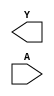
// Name: logic.v
// Module: 
// Input: 
// Output: 
//
// Notes: Common definitions
// 
//
// Revision History:
//
// Version	Date		Who		email			note
//------------------------------------------------------------------------------------------
//  1.0     Sep 02, 2014	Kaushik Patra	kpatra@sjsu.edu		Initial creation
//------------------------------------------------------------------------------------------
//
// 64-bit two's complement
module TWOSCOMP64(Y,A);
//output list
output [63:0] Y;
//input list
input [63:0] A;

// TBD

endmodule

// 32-bit two's complement
module TWOSCOMP32(Y,A);
//output list
output [31:0] Y;
//input list
input [31:0] A;

// TBD

endmodule

// 32-bit registere +ve edge, Reset on RESET=0
module REG32(Q, D, LOAD, CLK, RESET);
output [31:0] Q;

input CLK, LOAD;
input [31:0] D;
input RESET;

// TBD

endmodule

// 1 bit register +ve edge, 
// Preset on nP=0, nR=1, reset on nP=1, nR=0;
// Undefined nP=0, nR=0
// normal operation nP=1, nR=1
module REG1(Q, Qbar, D, L, C, nP, nR);
input D, C, L;
input nP, nR;
output Q,Qbar;

// TBD

endmodule

// 1 bit flipflop +ve edge, 
// Preset on nP=0, nR=1, reset on nP=1, nR=0;
// Undefined nP=0, nR=0
// normal operation nP=1, nR=1
module D_FF(Q, Qbar, D, C, nP, nR);
input D, C;
input nP, nR;
output Q,Qbar;

// TBD

endmodule

// 1 bit D latch
// Preset on nP=0, nR=1, reset on nP=1, nR=0;
// Undefined nP=0, nR=0
// normal operation nP=1, nR=1
module D_LATCH(Q, Qbar, D, C, nP, nR);
input D, C;
input nP, nR;
output Q,Qbar;

// TBD

endmodule

// 1 bit SR latch
// Preset on nP=0, nR=1, reset on nP=1, nR=0;
// Undefined nP=0, nR=0
// normal operation nP=1, nR=1
module SR_LATCH(Q,Qbar, S, R, C, nP, nR);
input S, R, C;
input nP, nR;
output Q,Qbar;

// TBD

endmodule

// 5x32 Line decoder
module DECODER_5x32(D,I);
// output
output [31:0] D;
// input
input [4:0] I;

// TBD

endmodule

// 4x16 Line decoder
module DECODER_4x16(D,I);
// output
output [15:0] D;
// input
input [3:0] I;

// TBD


endmodule

// 3x8 Line decoder
module DECODER_3x8(D,I);
// output
output [7:0] D;
// input
input [2:0] I;

//TBD


endmodule

// 2x4 Line decoder
module DECODER_2x4(D,I);
// output
output [3:0] D;
// input
input [1:0] I;

// TBD

endmodule